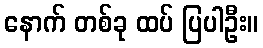
နောက် တစ်ခု ထပ် ပြပါဦး။